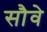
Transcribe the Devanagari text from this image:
सौवे